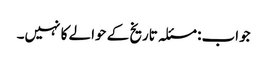
جواب: مسئلہ تاریخ کے حوالے کا نہیں۔